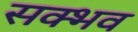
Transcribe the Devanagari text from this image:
सक्भव